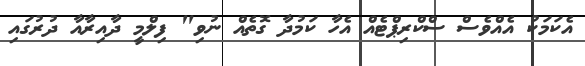
އެކަމަކު އެއްވެސް ސްކްރިޕްޓެއް އެހާ ކަމުދާ ގޮތެއް ނުވި" ފިލްމީ ދާއިރާއާ ދުރުގައި